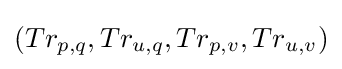
(Tr_{p,q},Tr_{u,q},Tr_{p,v},Tr_{u,v})